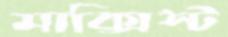
মাক্সিস্ট